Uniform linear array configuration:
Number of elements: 64
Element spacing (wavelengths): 1
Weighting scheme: cosine
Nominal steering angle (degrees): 60
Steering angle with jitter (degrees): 60.365
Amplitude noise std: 0.05
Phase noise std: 0.05

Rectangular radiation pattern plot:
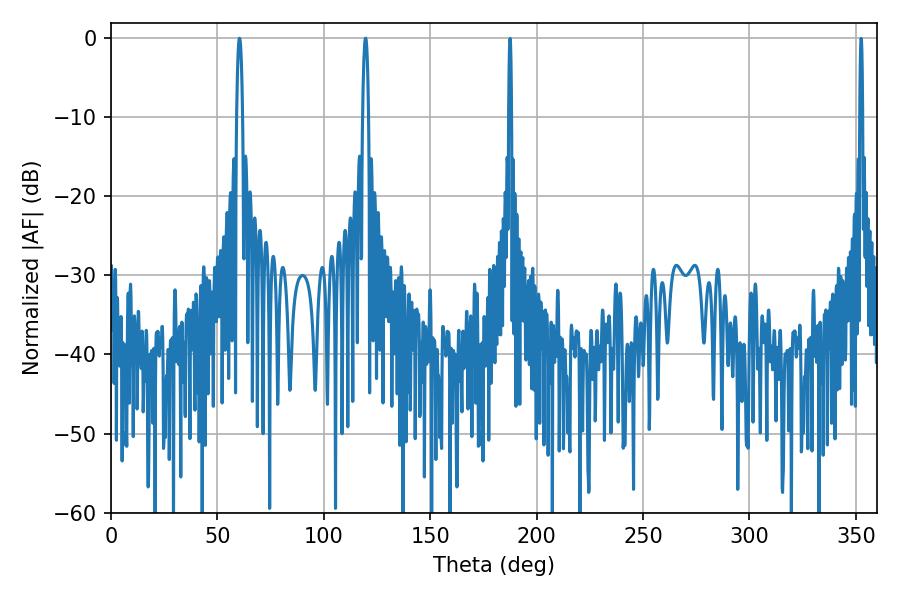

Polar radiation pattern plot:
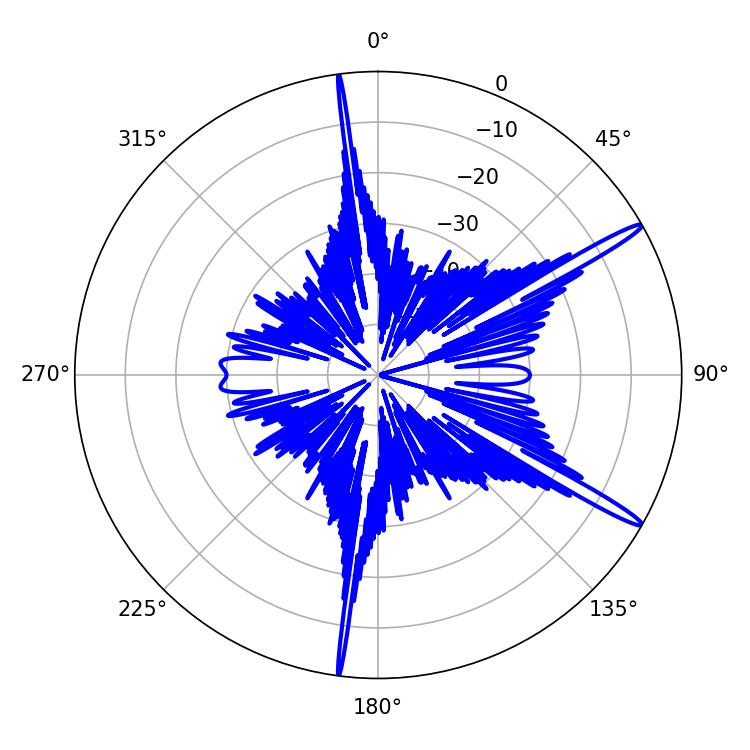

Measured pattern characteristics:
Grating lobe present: TRUE
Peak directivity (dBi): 15.917
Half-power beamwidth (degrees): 1.62
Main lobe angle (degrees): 60.3